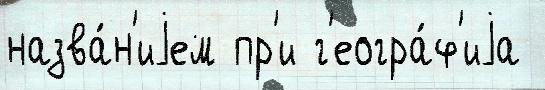
назва́н'иjем пр'и г'еогра́ф'иjа